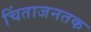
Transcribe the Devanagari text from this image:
चिंताजनतक